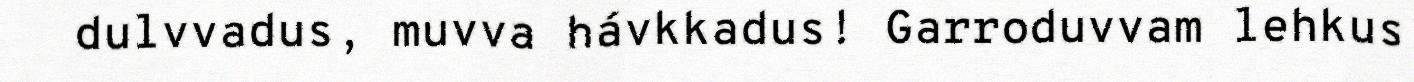
dulvvadus, muvva hávkkadus! Garroduvvam lehkus